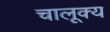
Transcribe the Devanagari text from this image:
चालूक्य